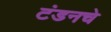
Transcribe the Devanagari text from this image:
टंडनचे